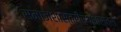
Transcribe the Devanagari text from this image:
समाजशास्त्रीर्थशास्त्री